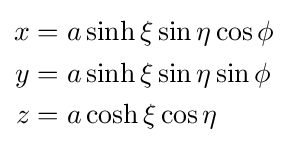
{\begin{aligned}x&=a\sinh \xi \sin \eta \cos \phi \\y&=a\sinh \xi \sin \eta \sin \phi \\z&=a\cosh \xi \cos \eta \end{aligned}}